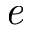
\textit { e }